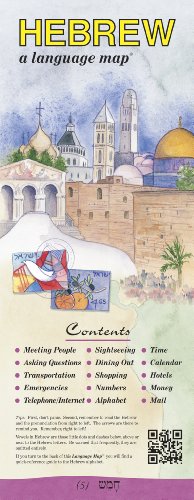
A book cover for HEBREW a language mapÂ®; Kristine K. Kershul; Travel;